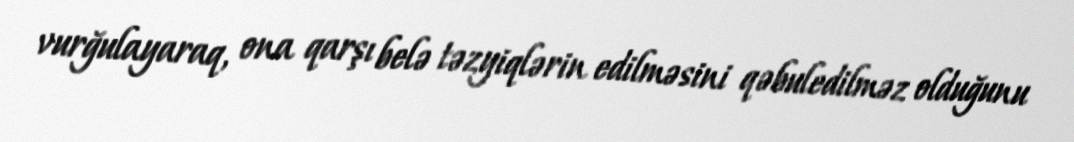
vurğulayaraq, ona qarşı belə təzyiqlərin edilməsini qəbuledilməz olduğunu